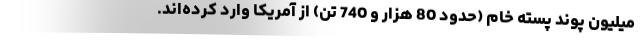
میلیون پوند پسته خام (حدود 80 هزار و 740 تن) از آمریکا وارد کرده‌اند.